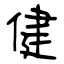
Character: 健